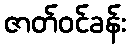
ဇာတ်ဝင်ခန်း